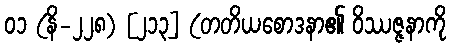
၀၁ (နိ-၂၂၈) [၂၁၃] (တတိယစောဒနာ၏ ဝိဿဇ္ဇနာကို